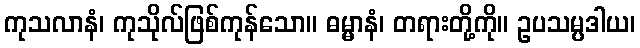
ကုသလာနံ၊ ကုသိုလ်ဖြစ်ကုန်သော။ ဓမ္မာနံ၊ တရားတို့ကို။ ဥပသမ္ပဒါယ၊